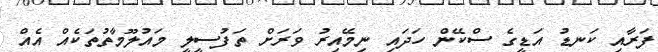
ފަރާއި ކަނޑު އަޑީގެ ސްކޭން ހަދައި ނިމޭއިރު ވަރަށް ތަފުސީލީ މައުލޫމާތުތަކެއް އެއް